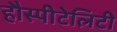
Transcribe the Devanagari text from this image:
हौस्पीटेलिटी